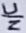
Text: N/C